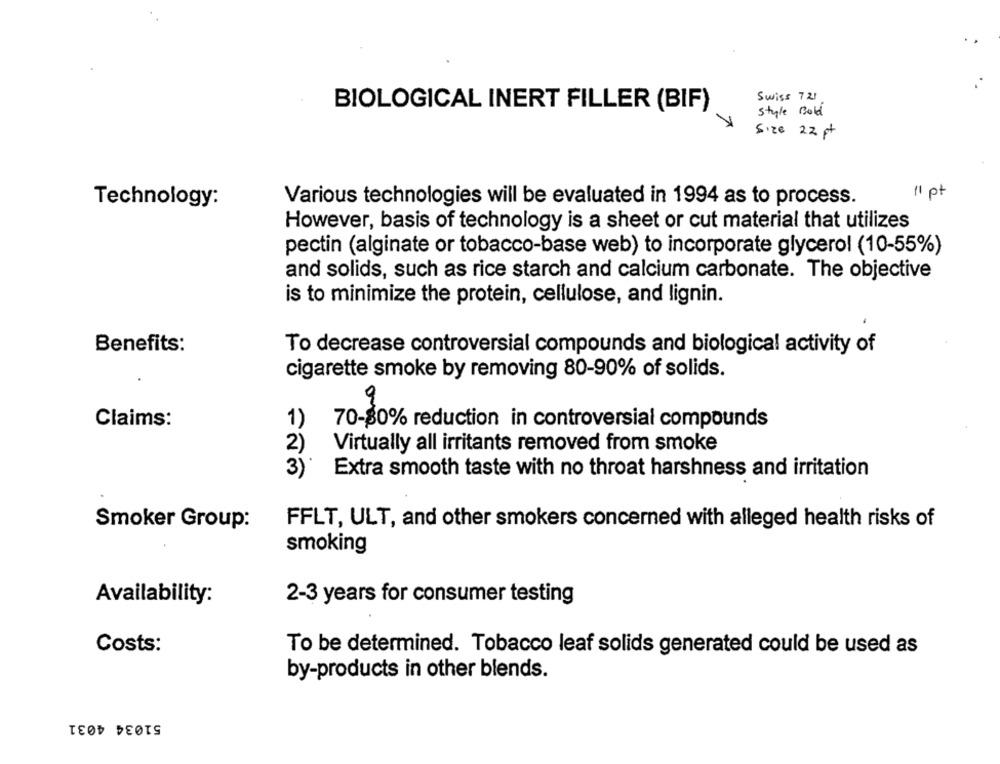
Swiss 721
BIOLOGICAL INERT FILLER (BIF)
Style Bold
Size 22 pt
11 pt
Technology:
Various technologies will be evaluated in 1994 as to process.
However, basis of technology is a sheet or cut material that utilizes
pectin (alginate or tobacco-base web) to incorporate glycerol (10-55%)
and solids, such as rice starch and calcium carbonate. The objective
is to minimize the protein, cellulose, and lignin.
Benefits:
To decrease controversial compounds and biological activity of
cigarette smoke by removing 80-90% of solids.
9
Claims:
1)
70-80% reduction in controversial compounds
2)
Virtually all irritants removed from smoke
3)
Extra smooth taste with no throat harshness and irritation
Smoker Group:
FFLT, ULT, and other smokers concerned with alleged health risks of
smoking
Availability:
2-3 years for consumer testing
Costs:
To be determined. Tobacco leaf solids generated could be used as
by-products in other blends.
51034 4031